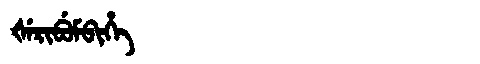
Manchu: ᡧᡝᡵᡳᠪᡠᠮᠪᡳᡥᡝ
Romanization: ŠERIBUMBIHE